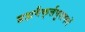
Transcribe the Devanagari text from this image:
ब्रह्मवैक्‌र्त्तपुराणमें